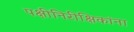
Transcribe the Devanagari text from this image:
पक्षीनिरीक्षिकांना